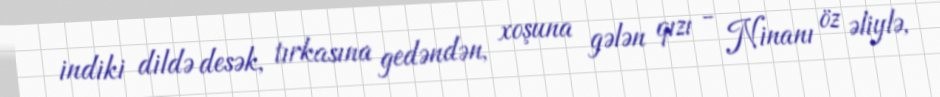
indiki dildə desək, tırkasına gedəndən, xoşuna gələn qızı - Ninanı öz əliylə,